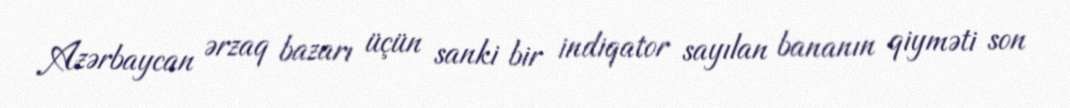
Azərbaycan ərzaq bazarı üçün sanki bir indiqator sayılan bananın qiyməti son